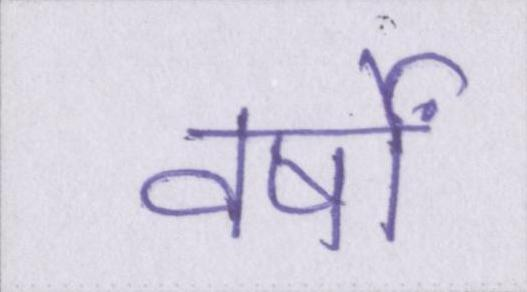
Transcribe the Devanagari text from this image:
वर्षों